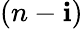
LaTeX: (n-\mathbf{i})